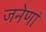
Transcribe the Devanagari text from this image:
जनेणां